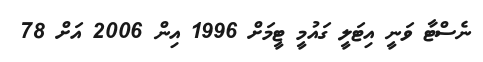
ނެސްޓާ ވަނީ އިޓަލީ ގައުމީ ޓީމަށް 1996 އިން 2006 އަށް 78